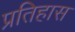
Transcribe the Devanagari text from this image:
प्रतिहास